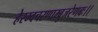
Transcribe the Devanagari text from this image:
हेरम्वचरणाम्बुजरेणबः।।